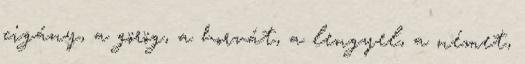
cigány, a görög, a horvát, a lengyel, a német,